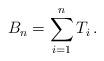
LaTeX: \begin{align*}B_n = \sum_{i=1}^n T_i\,.\end{align*}